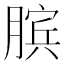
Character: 膑